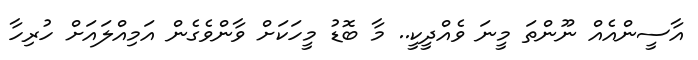
އާސީންއެއް ނޫންތަ މީނަ ވެއްދީކީ.. މާ ބޮޑު މީހަކަށް ވާންވެގެން އަމިއްލައަށް ހުރިހާ